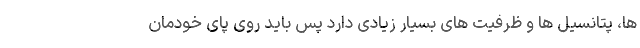
ها، پتانسیل ها و ظرفیت های بسیار زیادی دارد پس باید روی پای خودمان